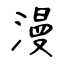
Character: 漫